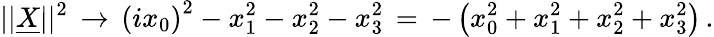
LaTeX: ||\underline{{{X}}}||^{2}\, \to\, \left(ix_{0}\right)^{2}-x_{1}^{2}-x_{2}^{2}-x_{3}^{2}\, =\, -\left(x_{0}^{2}+x_{1}^{2}+x_{2}^{2}+x_{3}^{2}\right)\, .